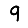
Digit: 9